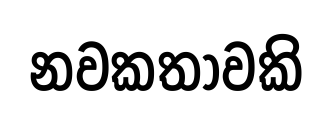
නවකතාවකි